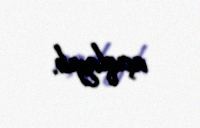
açıqlayıb.